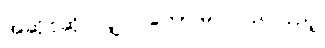
အဆိုင်ဆိုင်လျှင်၊ တောမြိုင်လည်လှည့်၊